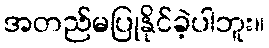
အတည်မပြုနိုင်ခဲ့ပါဘူး။